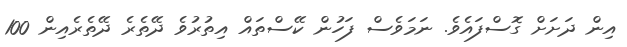
އިން ދަށަށް ގޮސްފައެވެ. ނަމަަވެސް ފަހުން ކޭސްތައް އިތުރުވެ ދޭތެރެ ދޭތެރެއިން 100